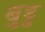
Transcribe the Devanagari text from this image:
बुड्ढ